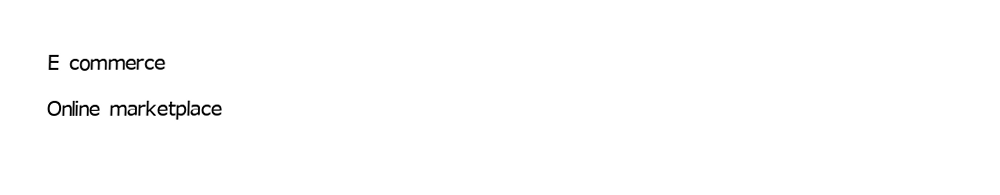
E commerce
Online marketplace